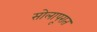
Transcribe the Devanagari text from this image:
सोलापूरात